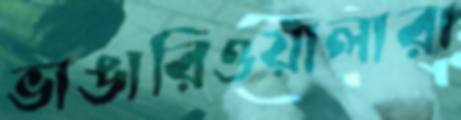
ভাঙারিওয়ালারা